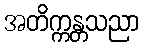
အတိက္ကန္တသညာ